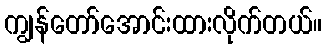
ကျွန်တော်အောင်းထားလိုက်တယ်။